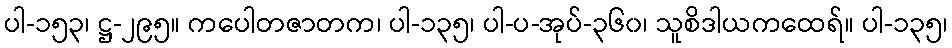
ပါ-၁၅၃၊ ဋ္ဌ-၂၉၅။ ကပေါတဇာတက၊ ပါ-၁၃၅၊ ပါ-ပ-အုပ်-၃၆၀၊ သူစိဒါယကထေရ်။ ပါ-၁၃၅၊